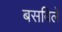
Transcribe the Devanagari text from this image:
बसविलें